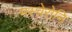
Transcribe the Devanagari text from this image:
मस्चेरोनि